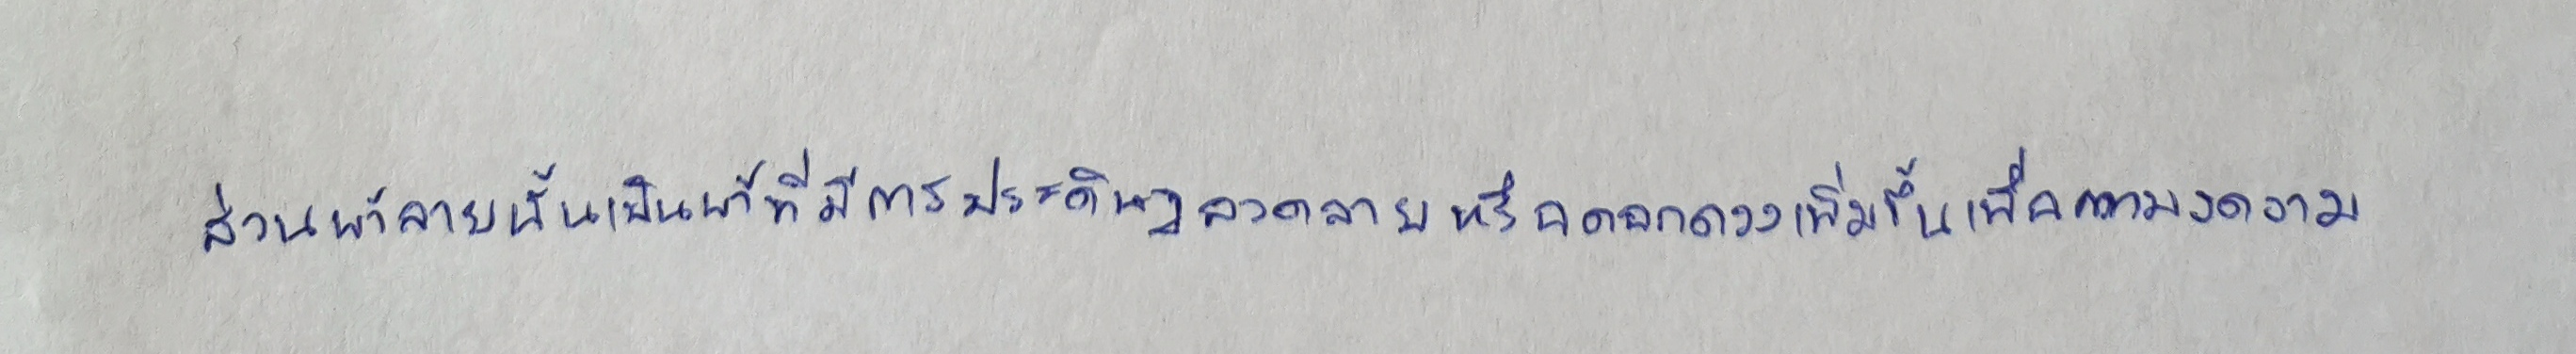
ส่วนผ้าลายนั้นเป็นผ้าที่มีการประดิษฐ์ลวดลายหรือดอกดวงเพิ่มขึ้นเพื่อความงดงาม